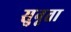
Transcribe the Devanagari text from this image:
सुनृता